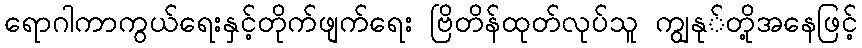
ရောဂါကာကွယ်ရေးနှင့်တိုက်ဖျက်ရေး ဗြိတိန်ထုတ်လုပ်သူ ကျွနု်တို့အနေဖြင့်